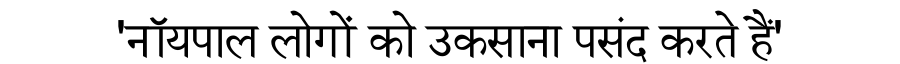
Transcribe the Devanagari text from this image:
'नॉयपाल लोगों को उकसाना पसंद करते हैं'